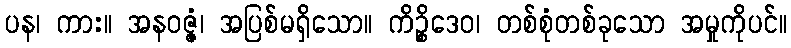
ပန၊ ကား။ အနဝဇ္ဇံ၊ အပြစ်မရှိသော။ ကိဉ္စိဒေဝ၊ တစ်စုံတစ်ခုသော အမှုကိုပင်။